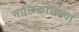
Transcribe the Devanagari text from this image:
मालिकांतल्या